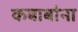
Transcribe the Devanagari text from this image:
कबाबांना